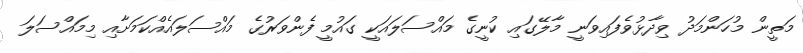
މަތީން މުހަންމަދު ވިދާޅުވެފައިވަނީ މާލޭގައި ކުނީގެ މައްސަލައަކީ ގައުމީ ފެންވަރުގެ މައްސަލައެއްކަމަށާއި މިމައްސަލަ